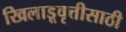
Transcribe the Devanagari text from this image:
खिलाडूवृत्तीसाठी